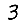
Digit: 3